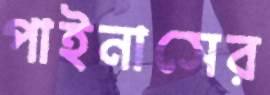
পাইনাসের